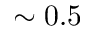
\sim 0 . 5